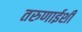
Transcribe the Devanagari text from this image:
तरुणाईशी